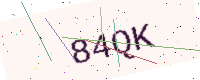
Text: 84QK